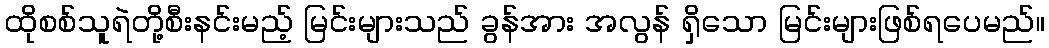
ထိုစစ်သူရဲတို့စီးနင်းမည့် မြင်းများသည် ခွန်အား အလွန် ရှိသော မြင်းများဖြစ်ရပေမည်။